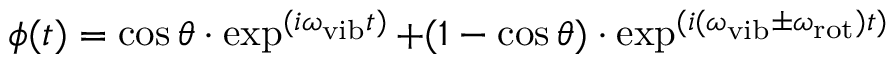
\phi ( t ) = \cos \theta \cdot \exp ^ { ( i \omega _ { \mathrm { v i b } } t ) } + ( 1 - \cos \theta ) \cdot \exp ^ { ( i ( \omega _ { \mathrm { v i b } } \pm \omega _ { \mathrm { r o t } } ) t ) }